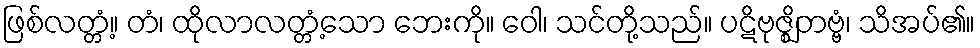
ဖြစ်လတ္တံ့။ တံ၊ ထိုလာလတ္တံ့သော ဘေးကို။ ဝေါ၊ သင်တို့သည်။ ပဋိဗုဇ္ဈိတဗ္ဗံ၊ သိအပ်၏။